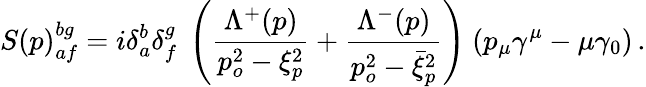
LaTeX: S(p)_{af}^{bg}=i\delta_{a}^{b}\delta_{f}^{g}~\left(\frac{\Lambda^{+}(p)}{p_{o}^{2}-\xi_{p}^{2}}+\frac{\Lambda^{-}(p)}{p_{o}^{2}-\bar{\xi}_{p}^{2}}\right)~(p_{\mu}\gamma^{\mu}-\mu\gamma_{0})\, .